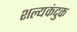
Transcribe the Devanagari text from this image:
शल्यकंदुक